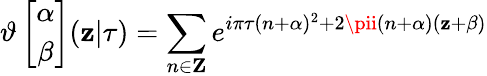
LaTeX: \vartheta\left[\begin{array}{c}{{\alpha}}\\ {{\beta}}\end{array}\right](\mathbf{z}|\tau)=\sum_{n\in{\mathbf{Z}}}e^{i\pi\tau(n+\alpha)^{2}+2\pii(n+\alpha)(\mathbf{z}+\beta)}